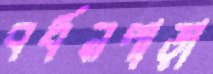
বর্ধনপাড়া